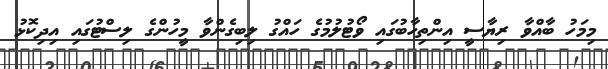
މިމަހު ބާއްވާ ރިޔާސީ އިންތިހާބުގައި ވޯޓުލުމުގެ ހައްގު ލިބިގެންވާ މީހުންގެ ލިސްޓުގައި އިދިކޮޅު